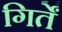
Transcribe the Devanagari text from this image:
गिर्तें